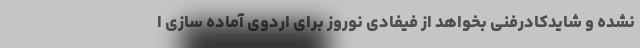
نشده و شایدکادرفنی بخواهد از فیفادی نوروز برای اردوی آماده سازی ا